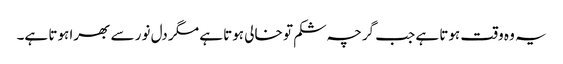
یہ وہ وقت ہوتا ہے جب گرچہ شکم تو خالی ہوتا ہے مگر دل نور سے بھرا ہوتا ہے۔